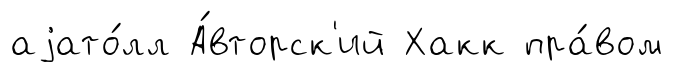
аjато́лл А́вторск'ий Хакк пра́вом